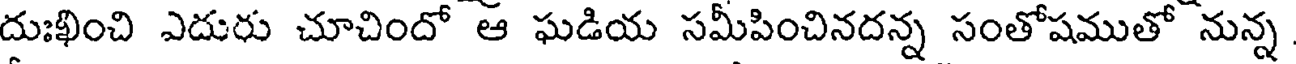
దుఃఖించి ఎదురు చూచిందో ఆ ఘడియ సమీపించినదన్న సంతోషముతో నున్న